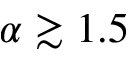
\alpha \gtrsim 1 . 5